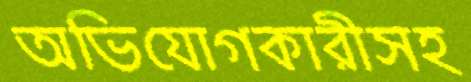
অভিযোগকারীসহ